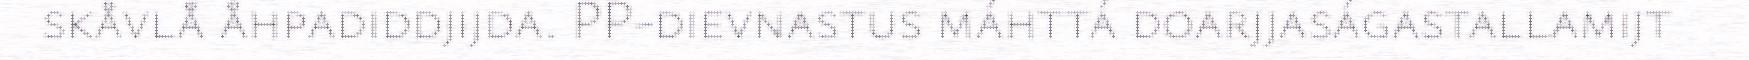
skåvlå åhpadiddjijda. PP-dievnastus máhttá doarjjaságastallamijt